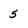
Character: 5